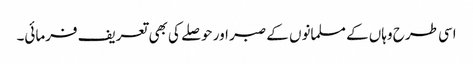
اسی طرح وہاں کے مسلمانوں کے صبر اور حوصلے کی بھی تعریف فرمائی۔